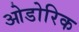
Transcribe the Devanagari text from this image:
ओडोरिक